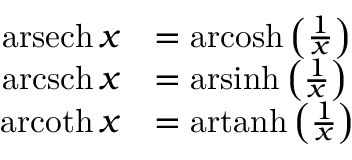
{ \begin{array} { r l } { \operatorname { a r s e c h } x } & { = \operatorname { a r c o s h } \left( { \frac { 1 } { x } } \right) } \\ { \operatorname { a r c s c h } x } & { = \operatorname { a r s i n h } \left( { \frac { 1 } { x } } \right) } \\ { \operatorname { a r c o t h } x } & { = \operatorname { a r t a n h } \left( { \frac { 1 } { x } } \right) } \end{array} }